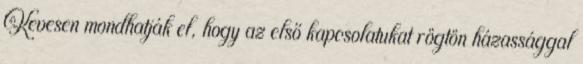
Kevesen mondhatják el, hogy az első kapcsolatukat rögtön házassággal